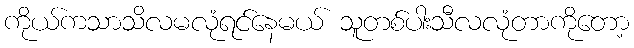
ကိုယ်ကသာသိလမလုံရင်နေမယ် သူတစ်ပါးသီလလုံတာကိုတော့